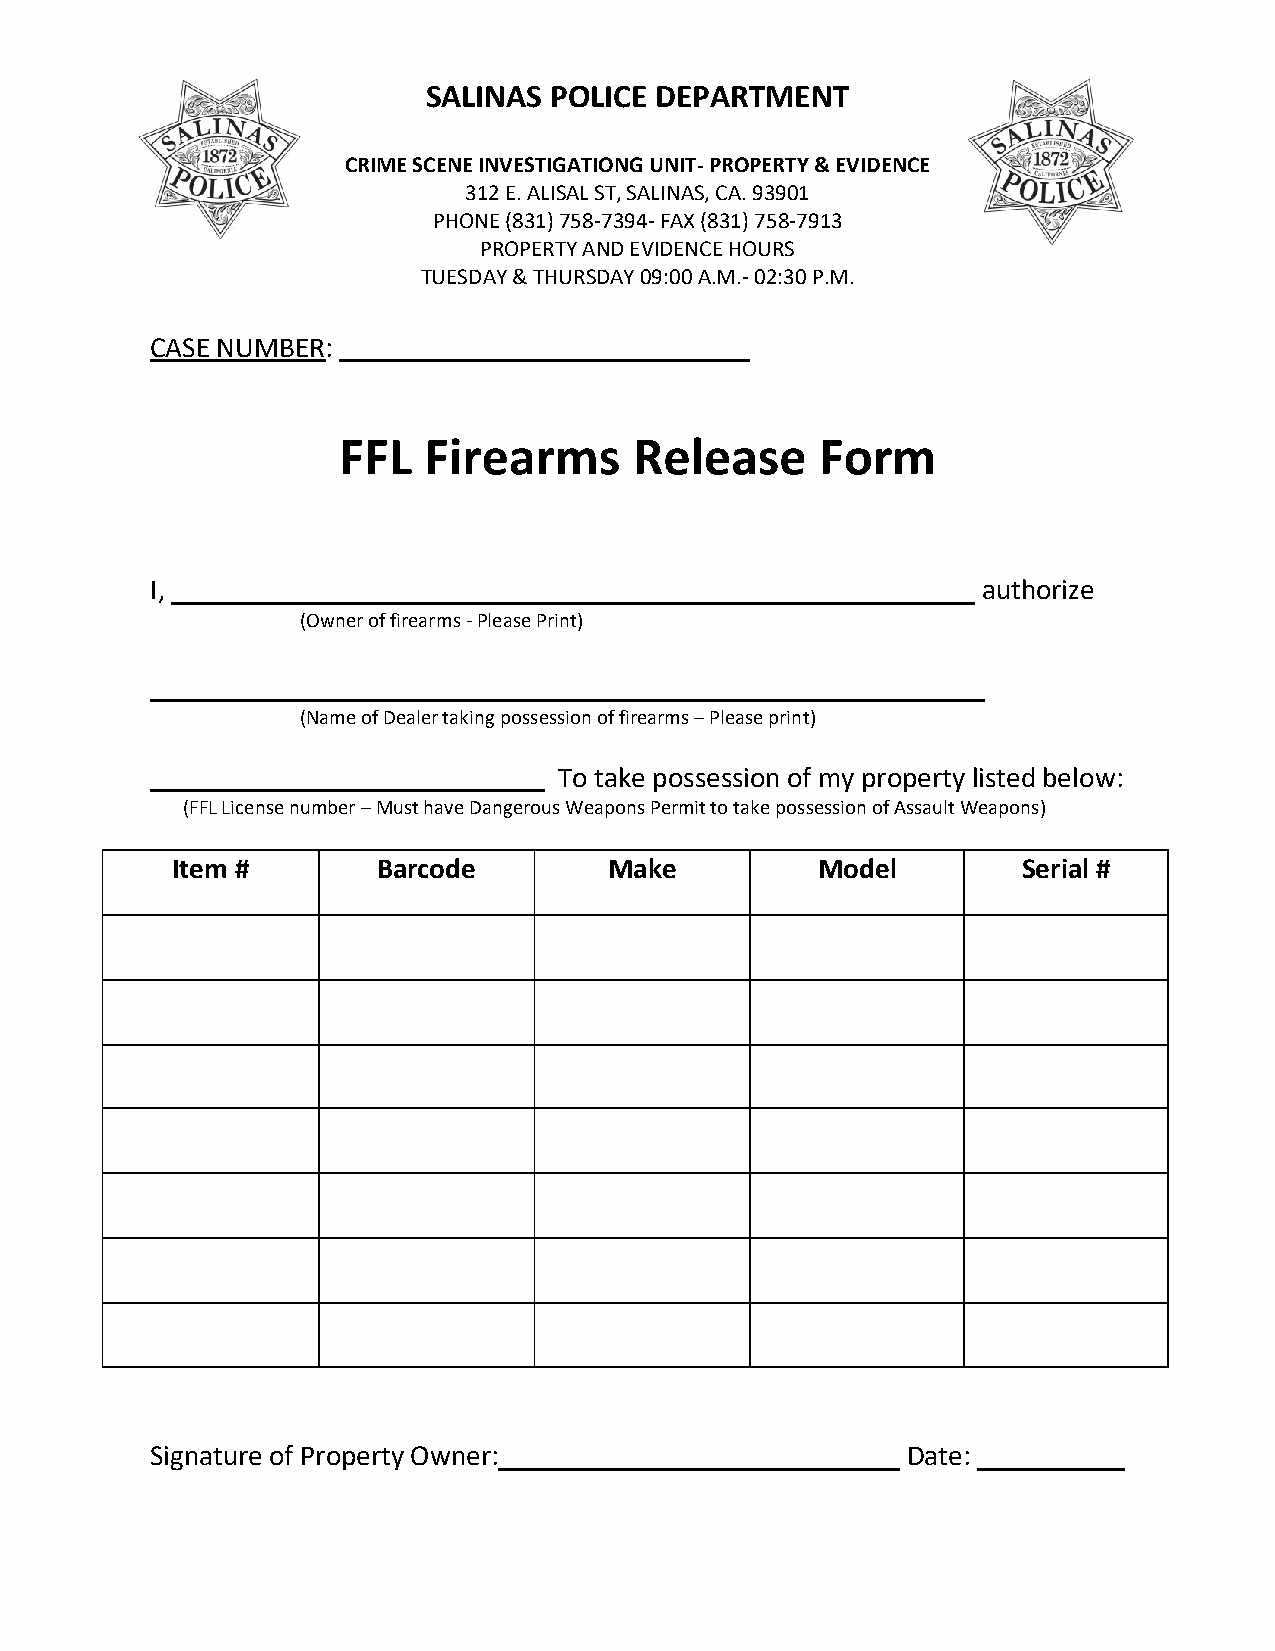
SALINAS POLICE DEPARTMENT
 PG2
 CRIME SCENE INVESTIGATIONG UNIT- PROPERTY & EVIDENCE
 312 E. ALISAL ST, SALINAS, CA. 93901
 PHONE (831) 758-7394- FAX (831) 758-7913
 PROPERTY AND EVIDENCE HOURS
 TUESDAY & THURSDAY 09:00 A.M.- 02:30 P.M.
 CASE NUMBER:
 FFL   Firearms      Release     Form
 I,                                                     authorize
 (Owner of firearms - Please Print)
 ___________
 (Name of Dealer taking possession of firearms – Please print)
 To take possession of my property listed below:
 (FFL License number – Must have Dangerous Weapons Permit to take possession of Assault Weapons)
 Item #        Barcode        Make          Model         Serial #
 Signature of Property Owner:                      Date: